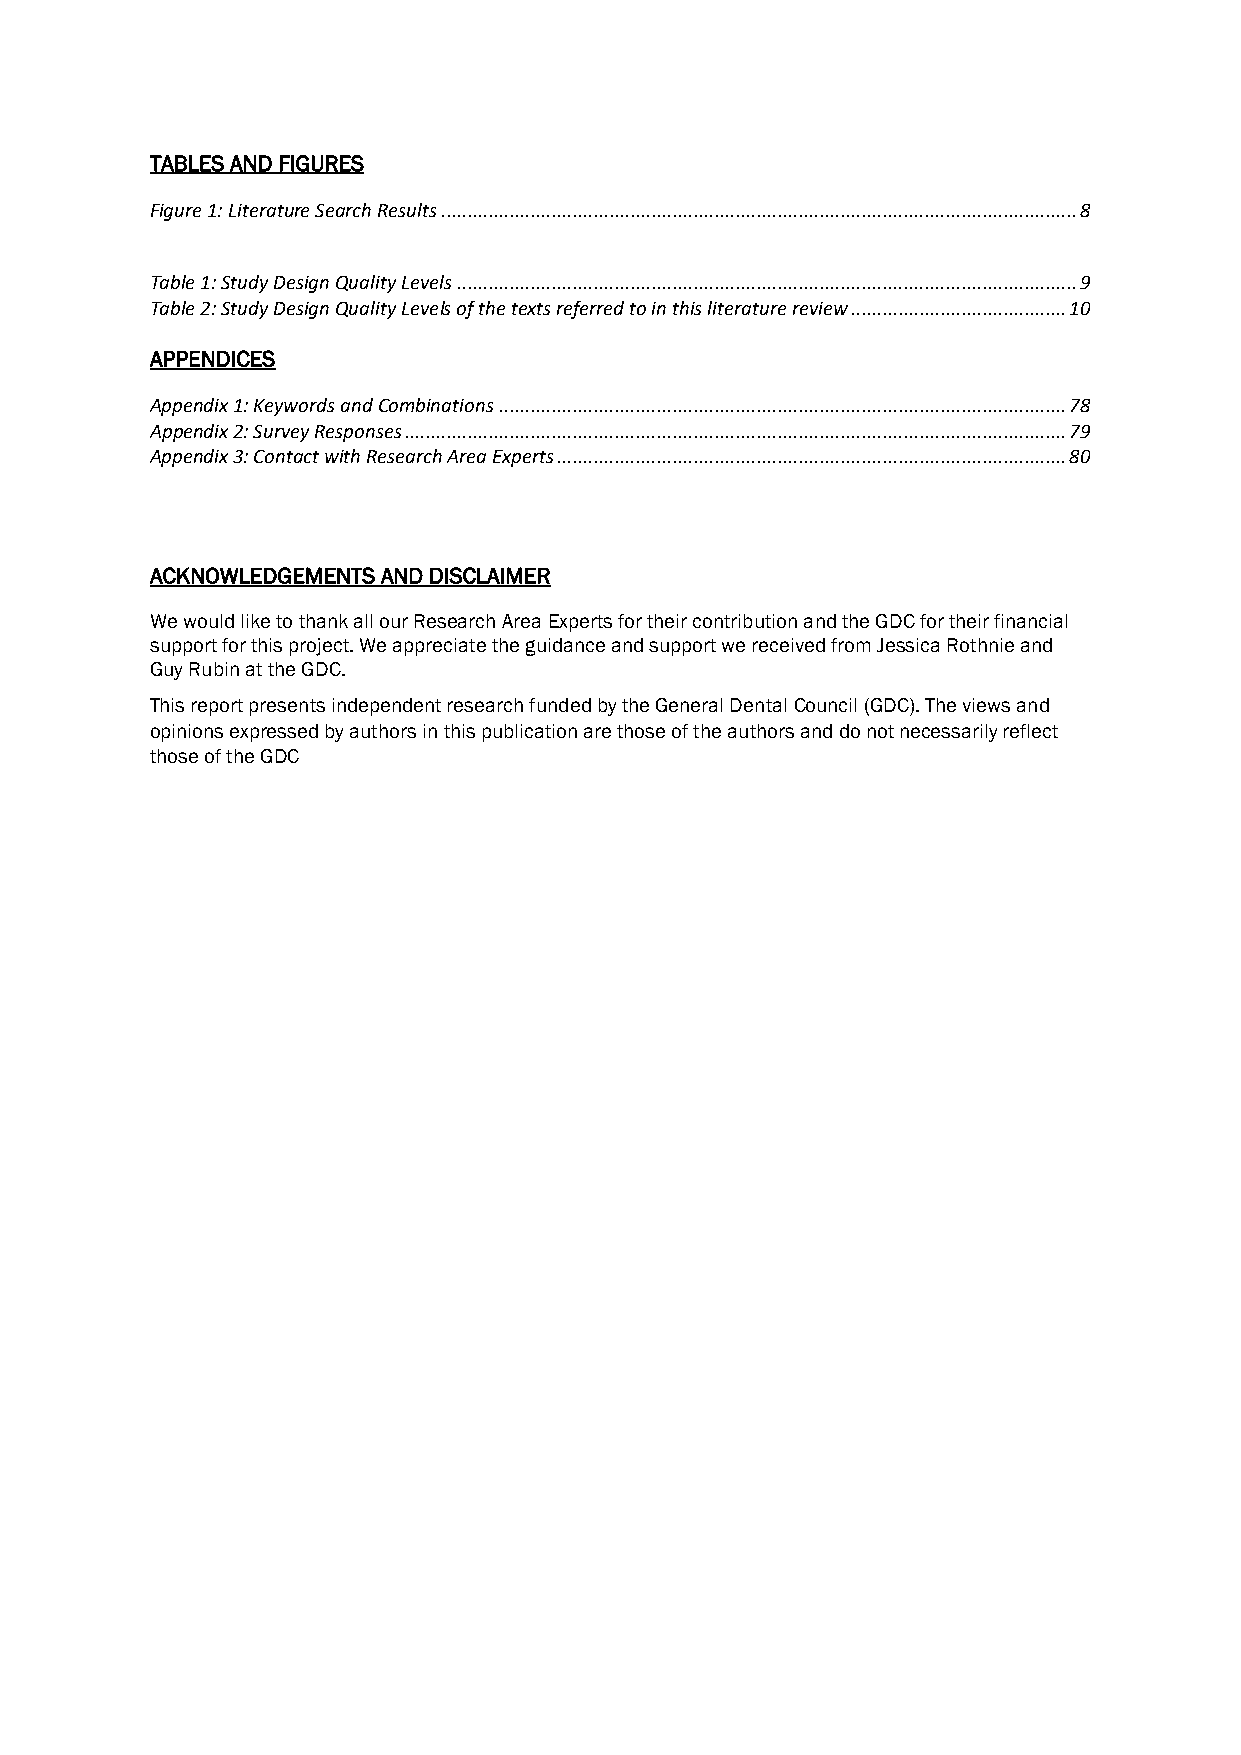
TABLES AND FIGURES
 Figure 1: Literature Search Results ......................................................................................................................... 8
 Table 1: Study Design Quality Levels ...................................................................................................................... 9
 Table 2: Study Design Quality Levels of the texts referred to in this literature review ......................................... 10
 APPENDICES
 Appendix 1: Keywords and Combinations ............................................................................................................ 78
 Appendix 2: Survey Responses .............................................................................................................................. 79
 Appendix 3: Contact with Research Area Experts ................................................................................................. 80
 ACKNOWLEDGEMENTS AND DISCLAIMER
 We would like to thank all our Research Area Experts for their contribution and the GDC for their financial
 support for this project. We appreciate the guidance and support we received from Jessica Rothnie and
 Guy Rubin at the GDC.
 This report presents independent research funded by the General Dental Council (GDC). The views and
 opinions expressed by authors in this publication are those of the authors and do not necessarily reflect
 those of the GDC